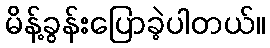
မိန့်ခွန်းပြောခဲ့ပါတယ်။